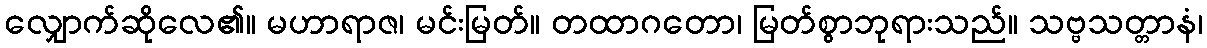
လျှောက်ဆိုလေ၏။ မဟာရာဇ၊ မင်းမြတ်။ တထာဂတော၊ မြတ်စွာဘုရားသည်။ သဗ္ဗသတ္တာနံ၊